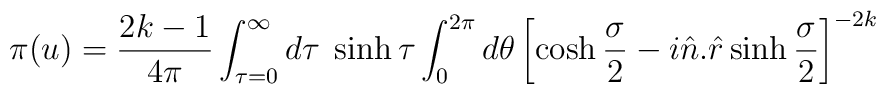
\pi(u) =\frac{2k-1}{4\pi} \int_{\tau=0}^{\infty} d\tau\; \sinh\tau \int_{0}^{2\pi}d\theta \left[ \cosh\frac{\sigma}{2} -i \hat{n}. \hat{r} \sinh\frac{\sigma}{2} \right]^{-2k}